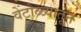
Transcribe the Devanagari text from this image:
वेटोळ्यातून